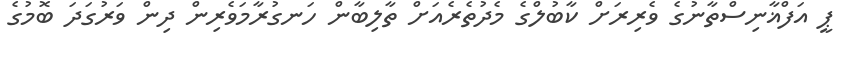
ޕީ އަފްޣާނިސްތާނުގެ ވެރިރަށް ކާބުލްގެ މެދުތެރެއަށް ތާލިބާން ހަނގުރާމަވެރިން ދިން ވަރުގަދަ ބޮމުގެ